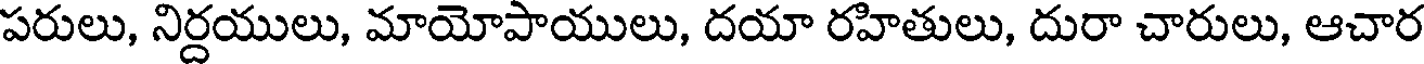
పరులు, నిర్దయులు, మాయోపాయులు, దయా రహితులు, దురా చారులు, ఆచార